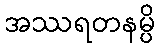
အဿရတနမ္ပိ